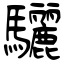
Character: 驪